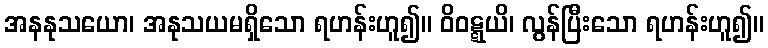
အနနုသယော၊ အနုသယမရှိသော ရဟန်းဟူ၍။ ဝိဝဋ္ဋယိ၊ လွန်ပြီးသော ရဟန်းဟူ၍။